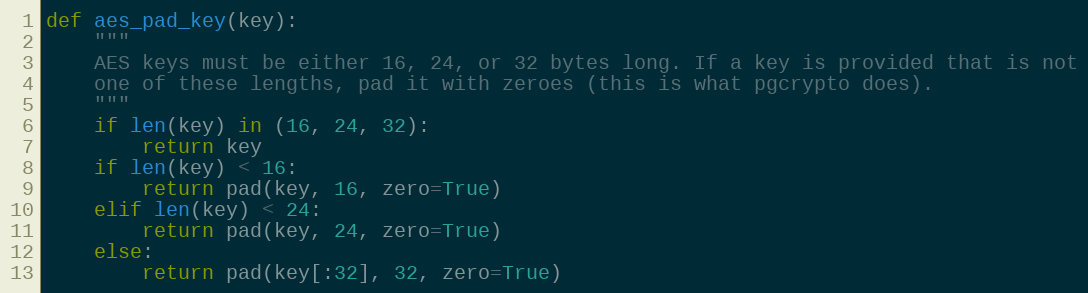
Language: Python
def aes_pad_key(key):
    """
    AES keys must be either 16, 24, or 32 bytes long. If a key is provided that is not
    one of these lengths, pad it with zeroes (this is what pgcrypto does).
    """
    if len(key) in (16, 24, 32):
        return key
    if len(key) < 16:
        return pad(key, 16, zero=True)
    elif len(key) < 24:
        return pad(key, 24, zero=True)
    else:
        return pad(key[:32], 32, zero=True)